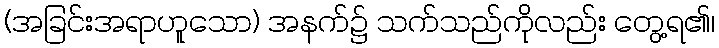
(အခြင်းအရာဟူသော) အနက်၌ သက်သည်ကိုလည်း တွေ့ရ၏၊